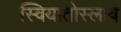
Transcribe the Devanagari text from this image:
स्वियातोस्लाव